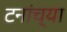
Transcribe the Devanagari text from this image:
टनांच्या